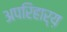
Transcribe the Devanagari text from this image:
अपरिहार्य़